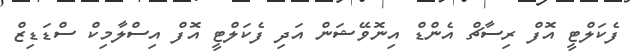
ފެކަލްޓީ އޮފް ރިސާޗް އެންޑް އިނޮވޭޝަން އަދި ފެކަލްޓީ އޮފް އިސްލާމިކް ސްޑަޑިޒް